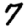
Digit: 7